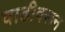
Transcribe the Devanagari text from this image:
वाढीवरून